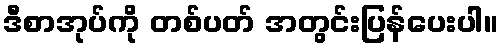
ဒီစာအုပ်ကို တစ်ပတ် အတွင်းပြန်ပေးပါ။